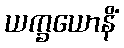
ယက္ခယောနိံ